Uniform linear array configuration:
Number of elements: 16
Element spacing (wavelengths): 1
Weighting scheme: binomial
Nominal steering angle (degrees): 15
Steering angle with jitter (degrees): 14.843
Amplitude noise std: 0.05
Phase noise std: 0.05

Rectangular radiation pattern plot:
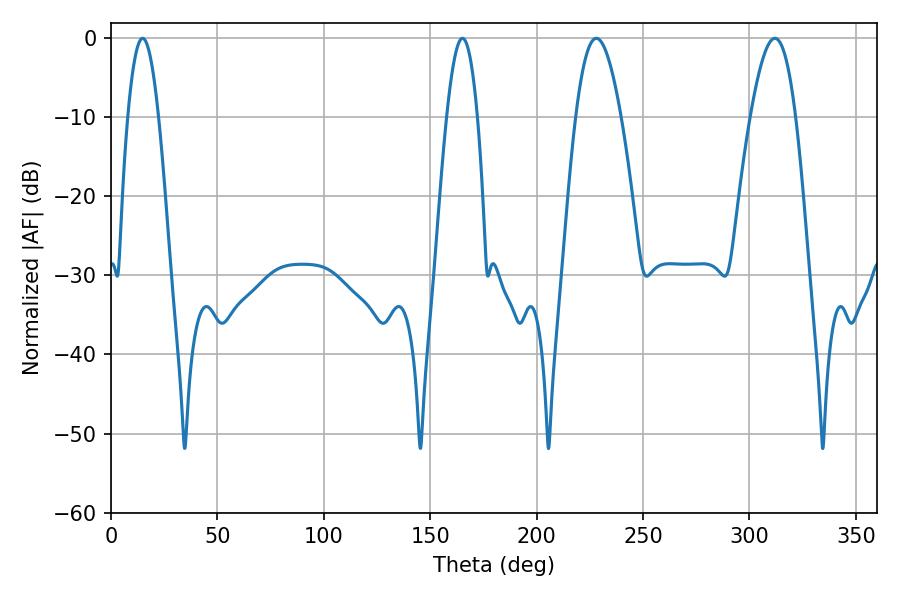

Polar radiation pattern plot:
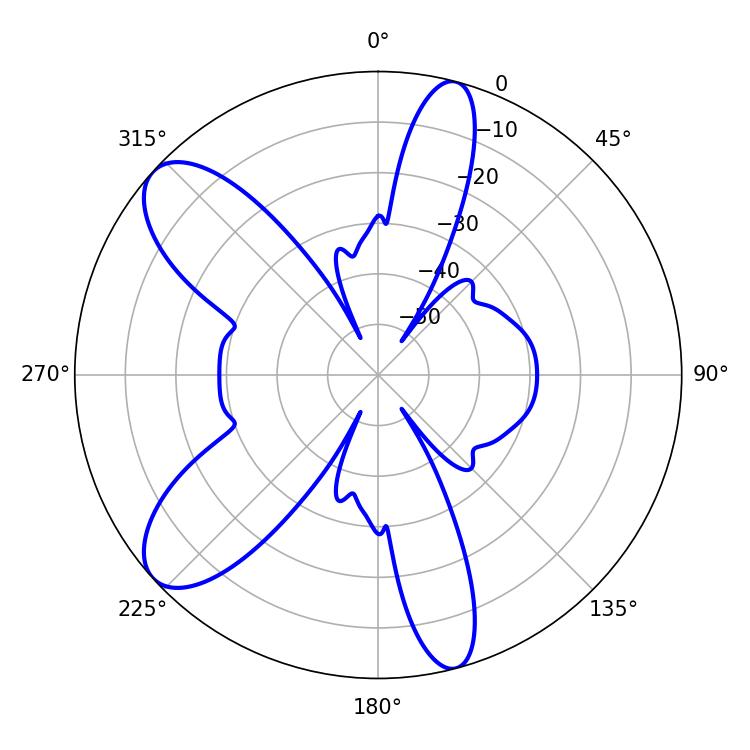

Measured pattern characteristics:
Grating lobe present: TRUE
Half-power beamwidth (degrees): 11.52
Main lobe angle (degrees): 228.06